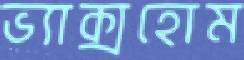
ভ্যাক্সহোম